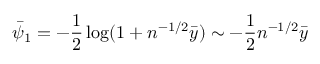
\bar { \psi } _ { 1 } = - \frac { 1 } { 2 } \log ( 1 + n ^ { - 1 / 2 } \bar { y } ) \sim - \frac { 1 } { 2 } n ^ { - 1 / 2 } \bar { y }